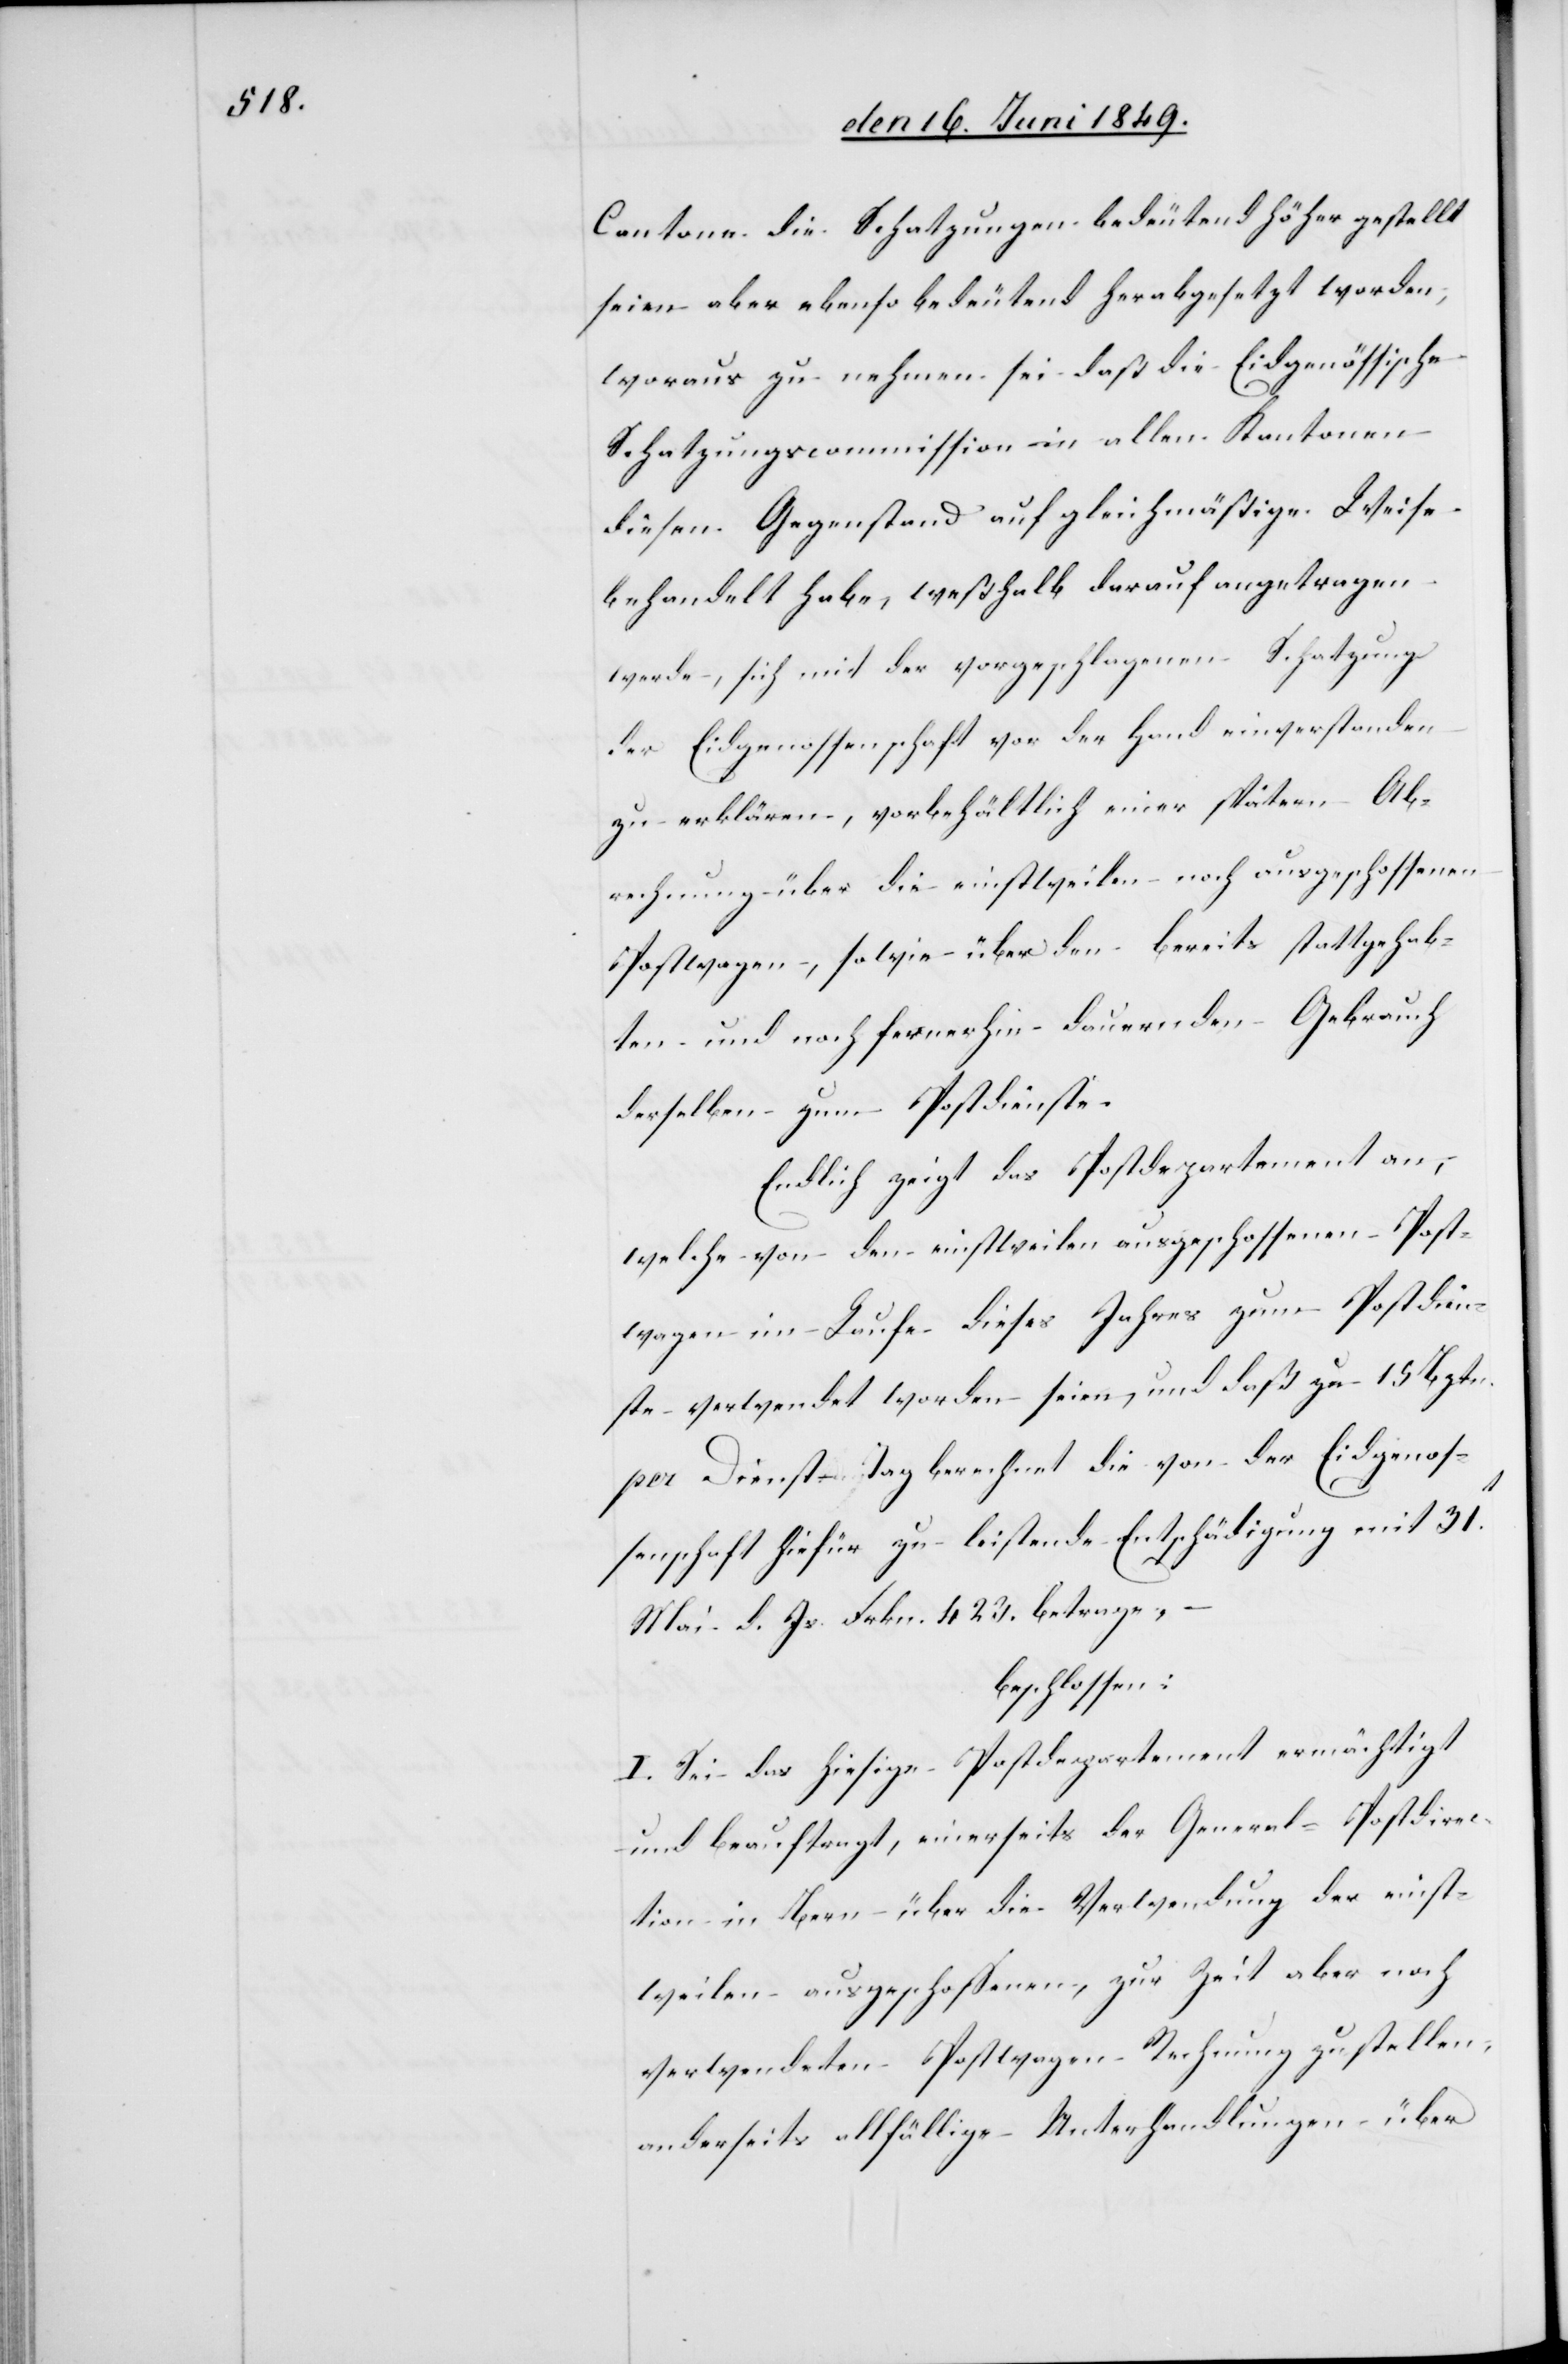
Cantone die Schatzungen bedeutend höher gestellt
seien aber ebenso bedeutend herabgesetzt worden,
woraus zu nehmen sei – daß die Eidgenössische
Schatzungscommission in allen Kantonen
diesen Gegenstand auf gleichmäßige Weise
behandelt habe, weßhalb darauf angetragen
werde, sich mit der vorgeschlagenen Schatzung
der Eidgenossenschaft vor der Hand einverstanden
zu erklären, vorbehältlich einer spätern Ab¬
rechnung über die einstweilen noch ausgeschossenen
Postwagen, sowie über den bereits stattgehab¬
ten und noch fernerhin dauernden Gebrauch
derselben zum Postdienste.
Endlich zeigt das Postdepartement an,
welche von den einstweilen ausgeschossenen Post¬
wagen im Laufe dieses Jahres zum Postdien¬
ste verwendet worden seien, und daß zu 15 Bztn.
per Dienst-Tag berechnet die von der Eidgenos¬
senschaft hiefür zu leistende Entschädigung mit 31t
Mai d. Js. Frkn. 423. betrage,
beschlossen:
I. Sei das hiesige Postdepartement ermächtigt
und beauftragt, einerseits der General-Postdire¬
ction in Bern über die Verwendung der einst¬
weilen ausgeschossenen, zur Zeit aber noch
verwendeten Postwagen Rechnung zu stellen,
anderseits allfällige Unterhandlungen über